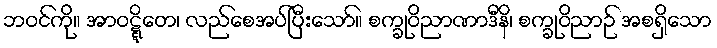
ဘဝင်ကို။ အာဝဋ္ဋိတေ၊ လည်စေအပ်ပြီးသော်။ စက္ခုဝိညာဏာဒီနိ၊ စက္ခုဝိညာဉ် အစရှိသော